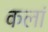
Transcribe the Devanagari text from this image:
कलां